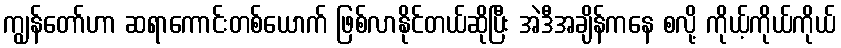
ကျွန်တော်ဟာ ဆရာကောင်းတစ်ယောက် ဖြစ်လာနိုင်တယ်ဆိုပြီး အဲဒီအချိန်ကနေ စလို့ ကိုယ့်ကိုယ်ကိုယ်